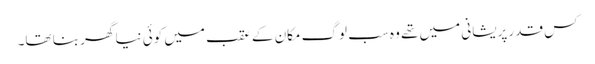
کس قدر پریشانی میں تھے وہ سب لوگ مکان کے عقب میں کوئی نیا گھر بنا تھا۔